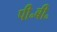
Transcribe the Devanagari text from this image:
पी॰बी॰